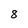
Character: 8